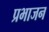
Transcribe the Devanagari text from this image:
प्रभाजन